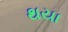
થયા